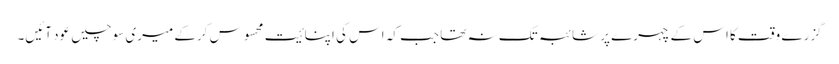
گزرے وقت کا اس کے چہرے پر شائبہ تک نہ تھا جب کہ اس کی اپنائیت محسوس کرکے میری سوچیں عود آئیں۔